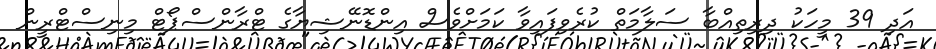
އަދި 39 މީހަކު ދިރިތިއްބާ ސަލާމަތް ކުރެވިފައިވާ ކަމަށްވެސް އިންޑޮނޭޝިޔާގެ ޓްރާންސްޕޯޓް މިނިސްޓްރީން